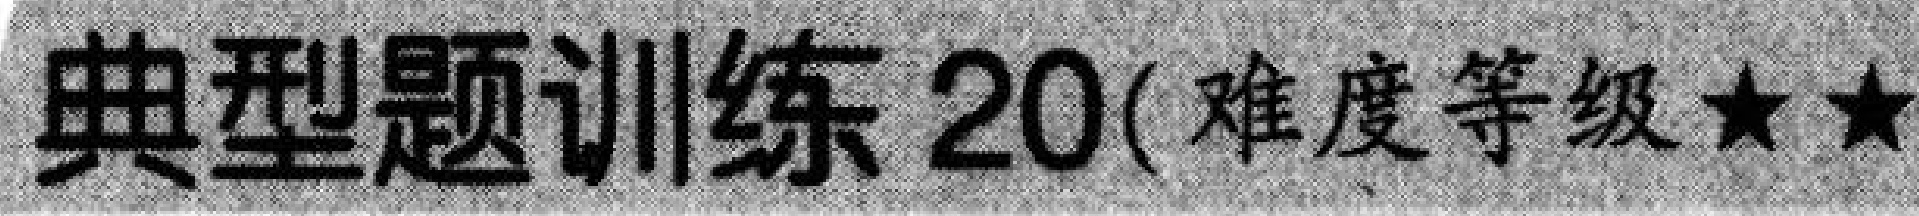
典型题训练 20(难度等级★★)